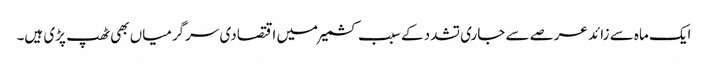
ایک ماہ سے زائد عرصے سے جاری تشدد کے سبب کشمیر میں اقتصادی سرگرمیاں بھی ٹھپ پڑی ہیں۔